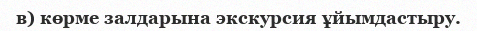
в) көрме залдарына экскурсия ұйымдастыру.